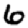
Digit: 6